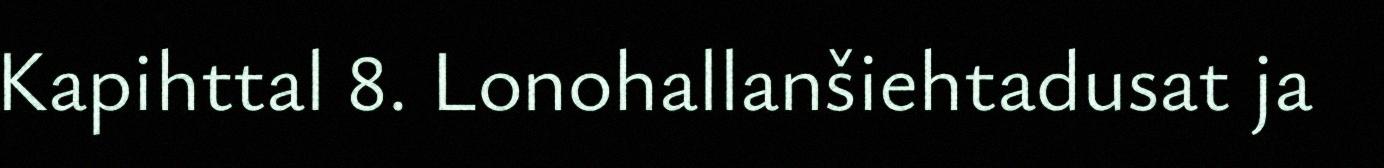
Kapihttal 8. Lonohallanšiehtadusat ja